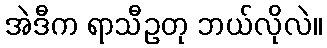
အဲဒီက ရာသီဥတု ဘယ်လိုလဲ။